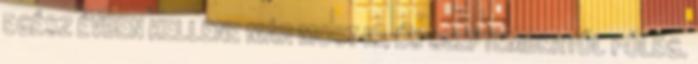
EGÉSZ ÉVBEN KELLENE MÁR MOST IS, ÉS SZEPTEMBERTŐL FŐLEG.